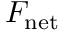
F _ { \mathrm { n e t } }